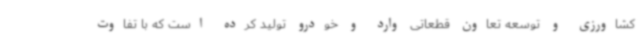
کشاورزی و توسعه تعاون قطعاتی وارد و خودرو تولید کرده است که با تفاوت